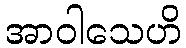
အာဝါသေဟိ